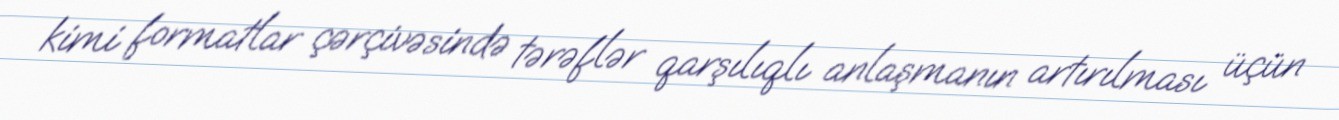
kimi formatlar çərçivəsində tərəflər qarşılıqlı anlaşmanın artırılması üçün